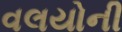
વલયોની